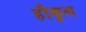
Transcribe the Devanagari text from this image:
हौकुल